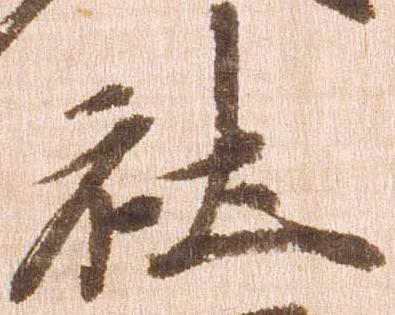
社